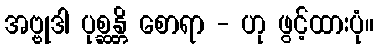
အဗ္ဗုဒါ ပုစ္ဆန္တိ စောရာ - ဟု ဖွင့်ထားပုံ။